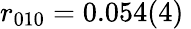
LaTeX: r_{010}=0.054(4)\